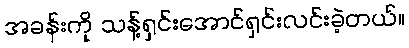
အခန်းကို သန့်ရှင်းအောင်ရှင်းလင်းခဲ့တယ်။